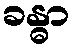
ခန္ဓာ